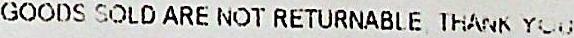
GOODS SOLD ARE NOT RETURNABLE THANK YOU